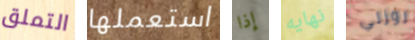
التملق استعملها إذا نهايه روزلي